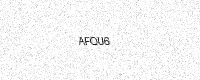
Text: AFQU6